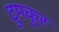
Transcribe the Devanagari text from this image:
टुमकुर